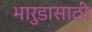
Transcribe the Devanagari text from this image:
भारुडासाठी